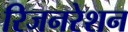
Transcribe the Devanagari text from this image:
रिजनरेशन